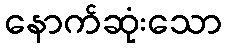
နောက်ဆုံးသော